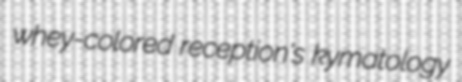
whey-colored reception's kymatology